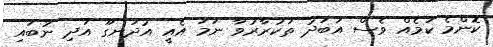
ކޮންމެ ކަމެއް ވެސް އަބަދު ތަކުރާރުވާ ނަމަ އެއީ އުދަނގޫ އަދި ނުބައި